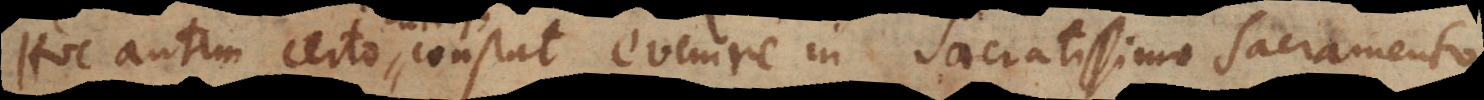
Hoc autem certo constat evenire in Sacratissimo Sacramento